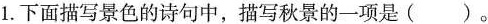
1. 下面描写景色的诗句中，描写秋景的一项是()。